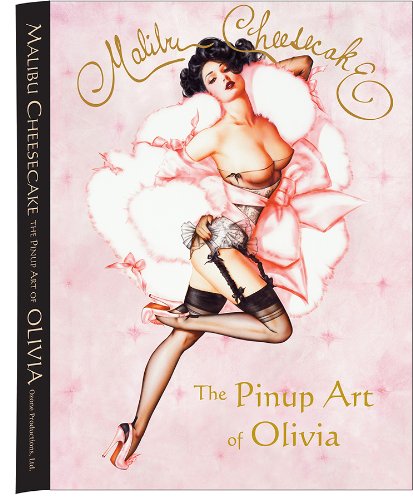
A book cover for Malibu Cheesecake; Olivia De Berardinis; Arts & Photography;